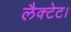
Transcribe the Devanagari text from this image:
लैक्टेट।